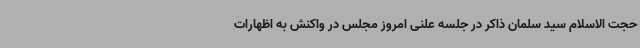
حجت الاسلام سید سلمان ذاکر در جلسه علنی امروز مجلس در واکنش به اظهارات